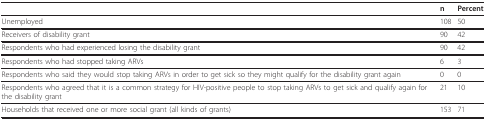
<table><thead><tr><td></td><td><b>n</b></td><td><b>Percent</b></td></tr></thead><tbody><tr><td>Unemployed</td><td>108</td><td>50</td></tr><tr><td>Receivers of disability grant</td><td>90</td><td>42</td></tr><tr><td>Respondents who had experienced losing the disability grant</td><td>90</td><td>42</td></tr><tr><td>Respondents who had stopped taking ARVs</td><td>6</td><td>3</td></tr><tr><td>Respondents who said they would stop taking ARVs in order to get sick so they might qualify for the disability grant again</td><td>0</td><td>0</td></tr><tr><td>Respondents who agreed that it is a common strategy for HIV-positive people to stop taking ARVs to get sick and qualify again for the disability grant</td><td>21</td><td>10</td></tr><tr><td>Households that received one or more social grant (all kinds of grants)</td><td>153</td><td>71</td></tr></tbody></table>